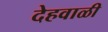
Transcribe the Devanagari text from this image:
देहवाळी